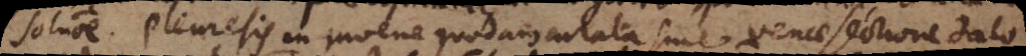
solutione. Pleuresis in juvene quadam curata sine venae sectione dato